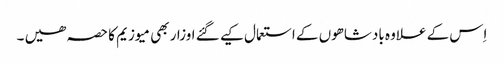
اِس کے علاوہ بادشاھوں کے استعمال کیے گئے اوزار بھی میوزیم کا حصہ ھیں ۔